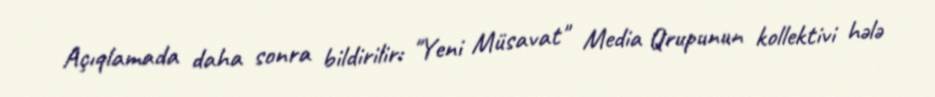
Açıqlamada daha sonra bildirilir: "Yeni Müsavat" Media Qrupunun kollektivi hələ